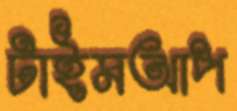
টাইমআপ